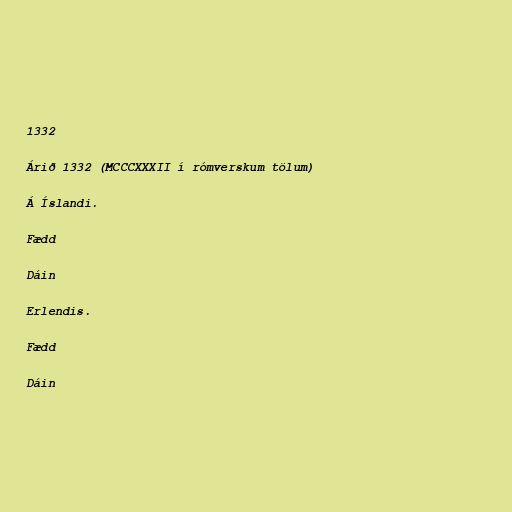
1332

Árið 1332 (MCCCXXXII í rómverskum tölum)

Á Íslandi.

Fædd

Dáin

Erlendis.

Fædd

Dáin